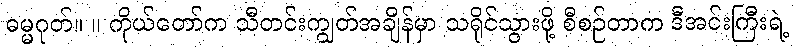
ဓမ္မဂုတ်။ ။ ကိုယ်တော်က သီတင်းကျွတ်အချိန်မှာ သရိုင်သွားဖို့ စီစဉ်တာက ဒီအင်းကြီးရဲ့